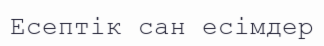
Есептік сан есімдер